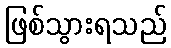
ဖြစ်သွားရသည်